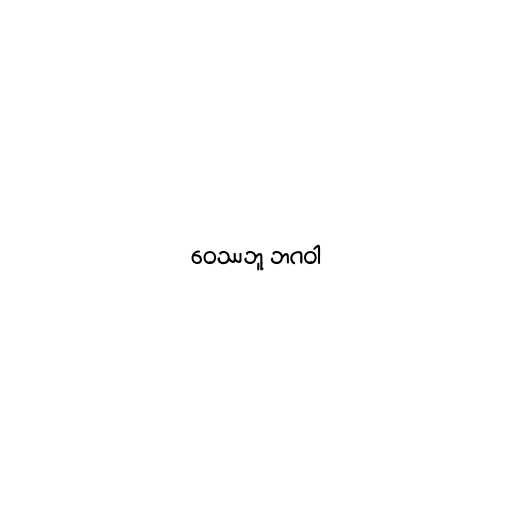
ဝေဿဘူ ဘဂဝါ